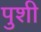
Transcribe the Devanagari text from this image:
पुशी